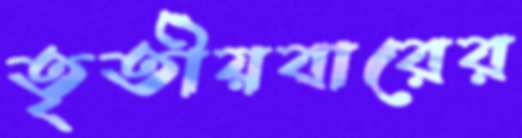
তৃতীয়বারের